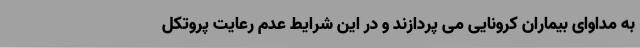
به مداوای بیماران کرونایی می پردازند و در این شرایط عدم رعایت پروتکل